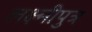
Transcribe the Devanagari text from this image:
लक्ष्मीपुत्र